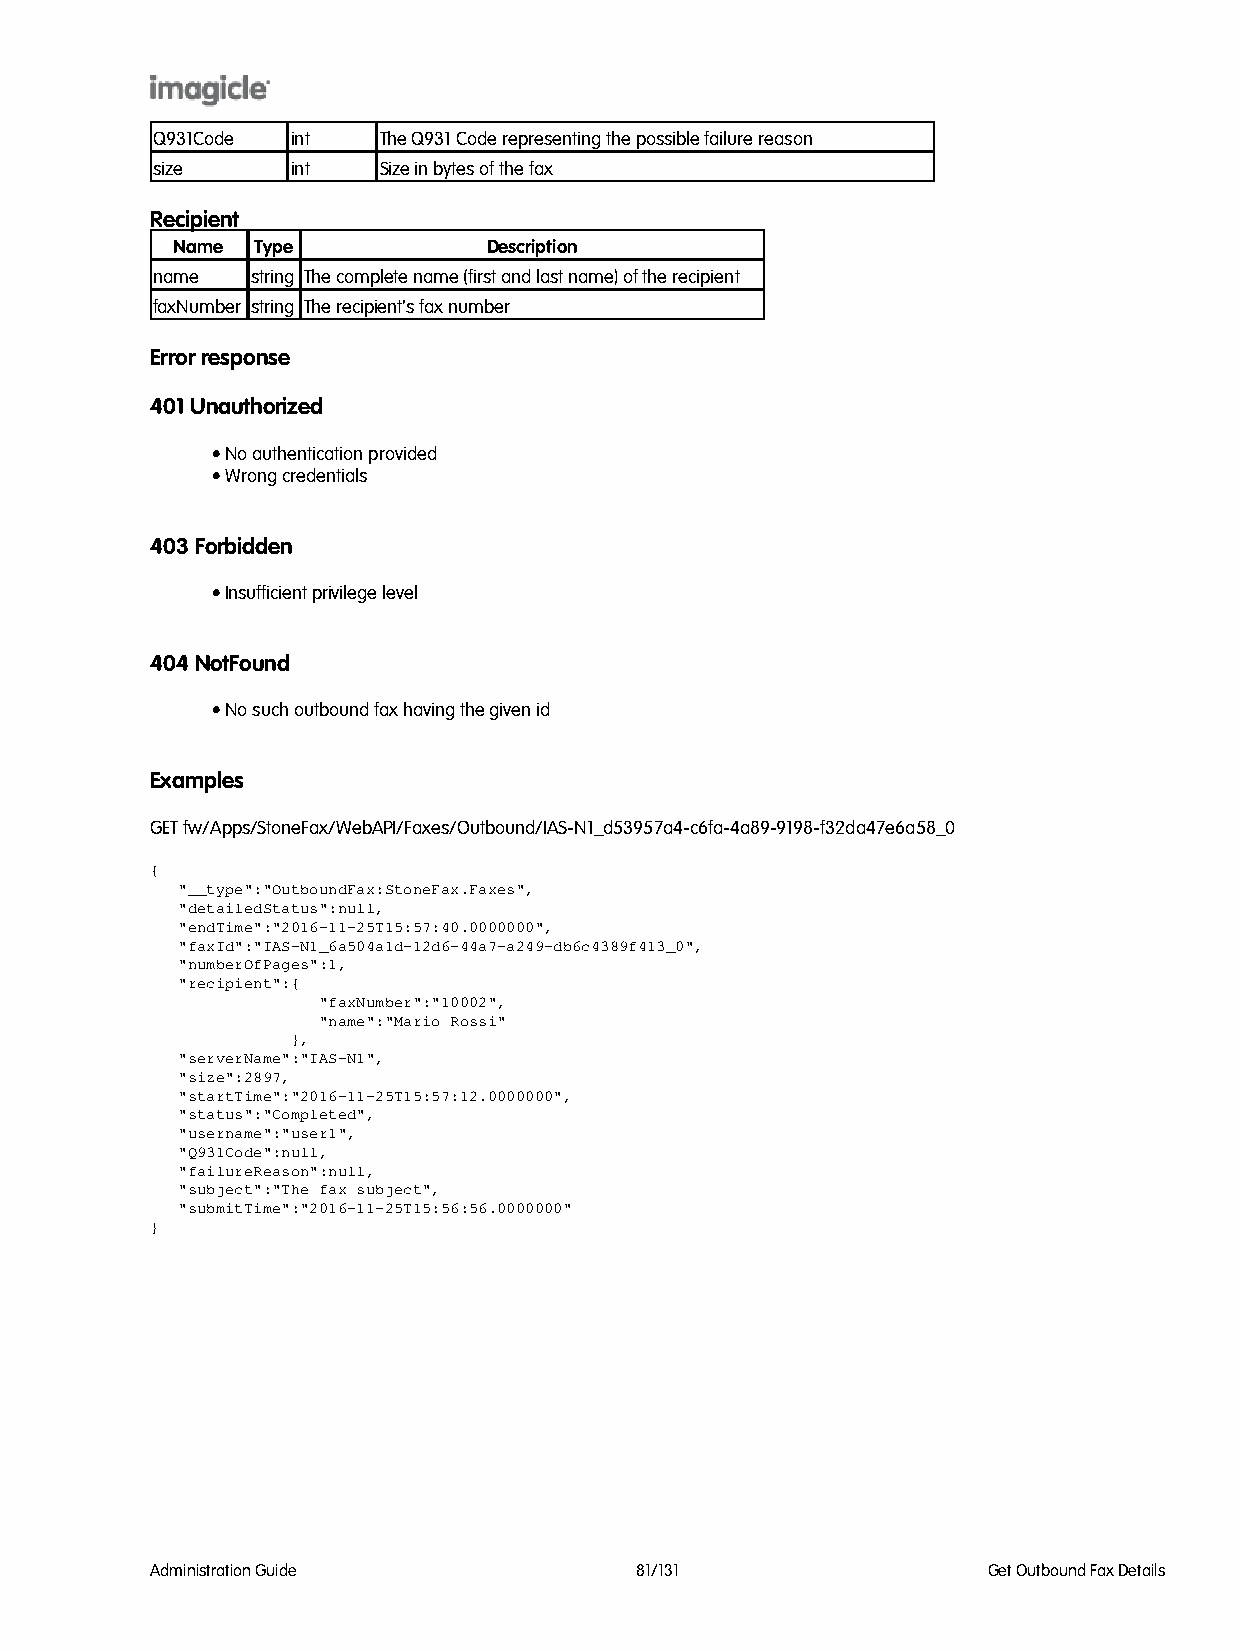
Q931Code int   The Q931 Code representing the possible failure reason
 size     int   Size in bytes of the fax
 Recipient
 Name  Type           Description
 name   string The complete name (first and last name) of the recipient
 faxNumberstring The recipient's fax number
 Error response
 401 Unauthorized
 • No authentication provided
 • Wrong credentials
 403 Forbidden
 • Insufficient privilege level
 404 NotFound
 • No such outbound fax having the given id
 Examples
 GET fw/Apps/StoneFax/WebAPI/Faxes/Outbound/IAS-N1_d53957a4-c6fa-4a89-9198-f32da47e6a58_0
 {
 "__type":"OutboundFax:StoneFax.Faxes",
 "detailedStatus":null,
 "endTime":"2016-11-25T15:57:40.0000000",
 "faxId":"IAS-N1_6a504a1d-12d6-44a7-a249-db6c4389f413_0",
 "numberOfPages":1,
 "recipient":{
 "faxNumber":"10002",
 "name":"Mario Rossi"
 },
 "serverName":"IAS-N1",
 "size":2897,
 "startTime":"2016-11-25T15:57:12.0000000",
 "status":"Completed",
 "username":"user1",
 "Q931Code":null,
 "failureReason":null,
 "subject":"The fax subject",
 "submitTime":"2016-11-25T15:56:56.0000000"
 }
 Administration Guide            81/131                 Get Outbound Fax Details